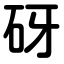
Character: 砑